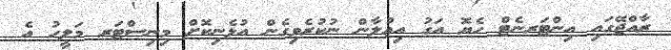
ރާއްޖޭގައި އިންޓަރނެޓް ހެޔޮ އަގު އިޢުލާން ނުކުރެވިގެން އުޅެނިކޮށް މިނިސްޓަރ މަލީހު އެ